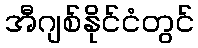
အီဂျစ်နိုင်ငံတွင်